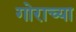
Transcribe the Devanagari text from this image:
गोराच्या